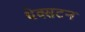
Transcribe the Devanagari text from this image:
थेक्सटन